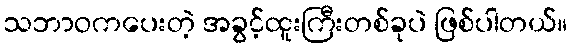
သဘာဝကပေးတဲ့ အခွင့်ထူးကြီးတစ်ခုပဲ ဖြစ်ပါတယ်။